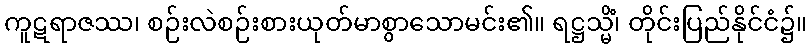
ကူဋရာဇဿ၊ စဉ်းလဲစဉ်းစားယုတ်မာစွာသောမင်း၏။ ရဋ္ဌသ္မိံ၊ တိုင်းပြည်နိုင်ငံ၌။